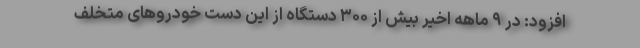
افزود: در ۹ ماهه اخیر بیش از ۳۰۰ دستگاه از این دست خودروهای متخلف